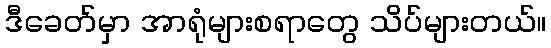
ဒီခေတ်မှာ အာရုံများစရာတွေ သိပ်များတယ်။